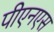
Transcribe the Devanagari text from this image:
पीएनएस